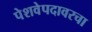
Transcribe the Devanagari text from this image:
पेशवेपदावरचा